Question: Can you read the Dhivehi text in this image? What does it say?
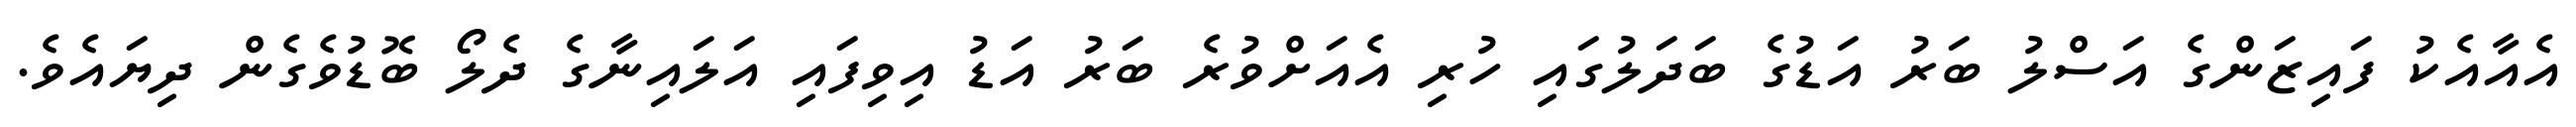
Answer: އެއާއެކު ފައިޒަންގެ އަސްލު ބަރު އަޑުގެ ބަދަލުގައި ހުރި އެއަށްވުރެ ބަރު އަޑު އިވިފައި އަލައިނާގެ ދެލޯ ބޮޑުވެގެން ދިޔައެވެ.